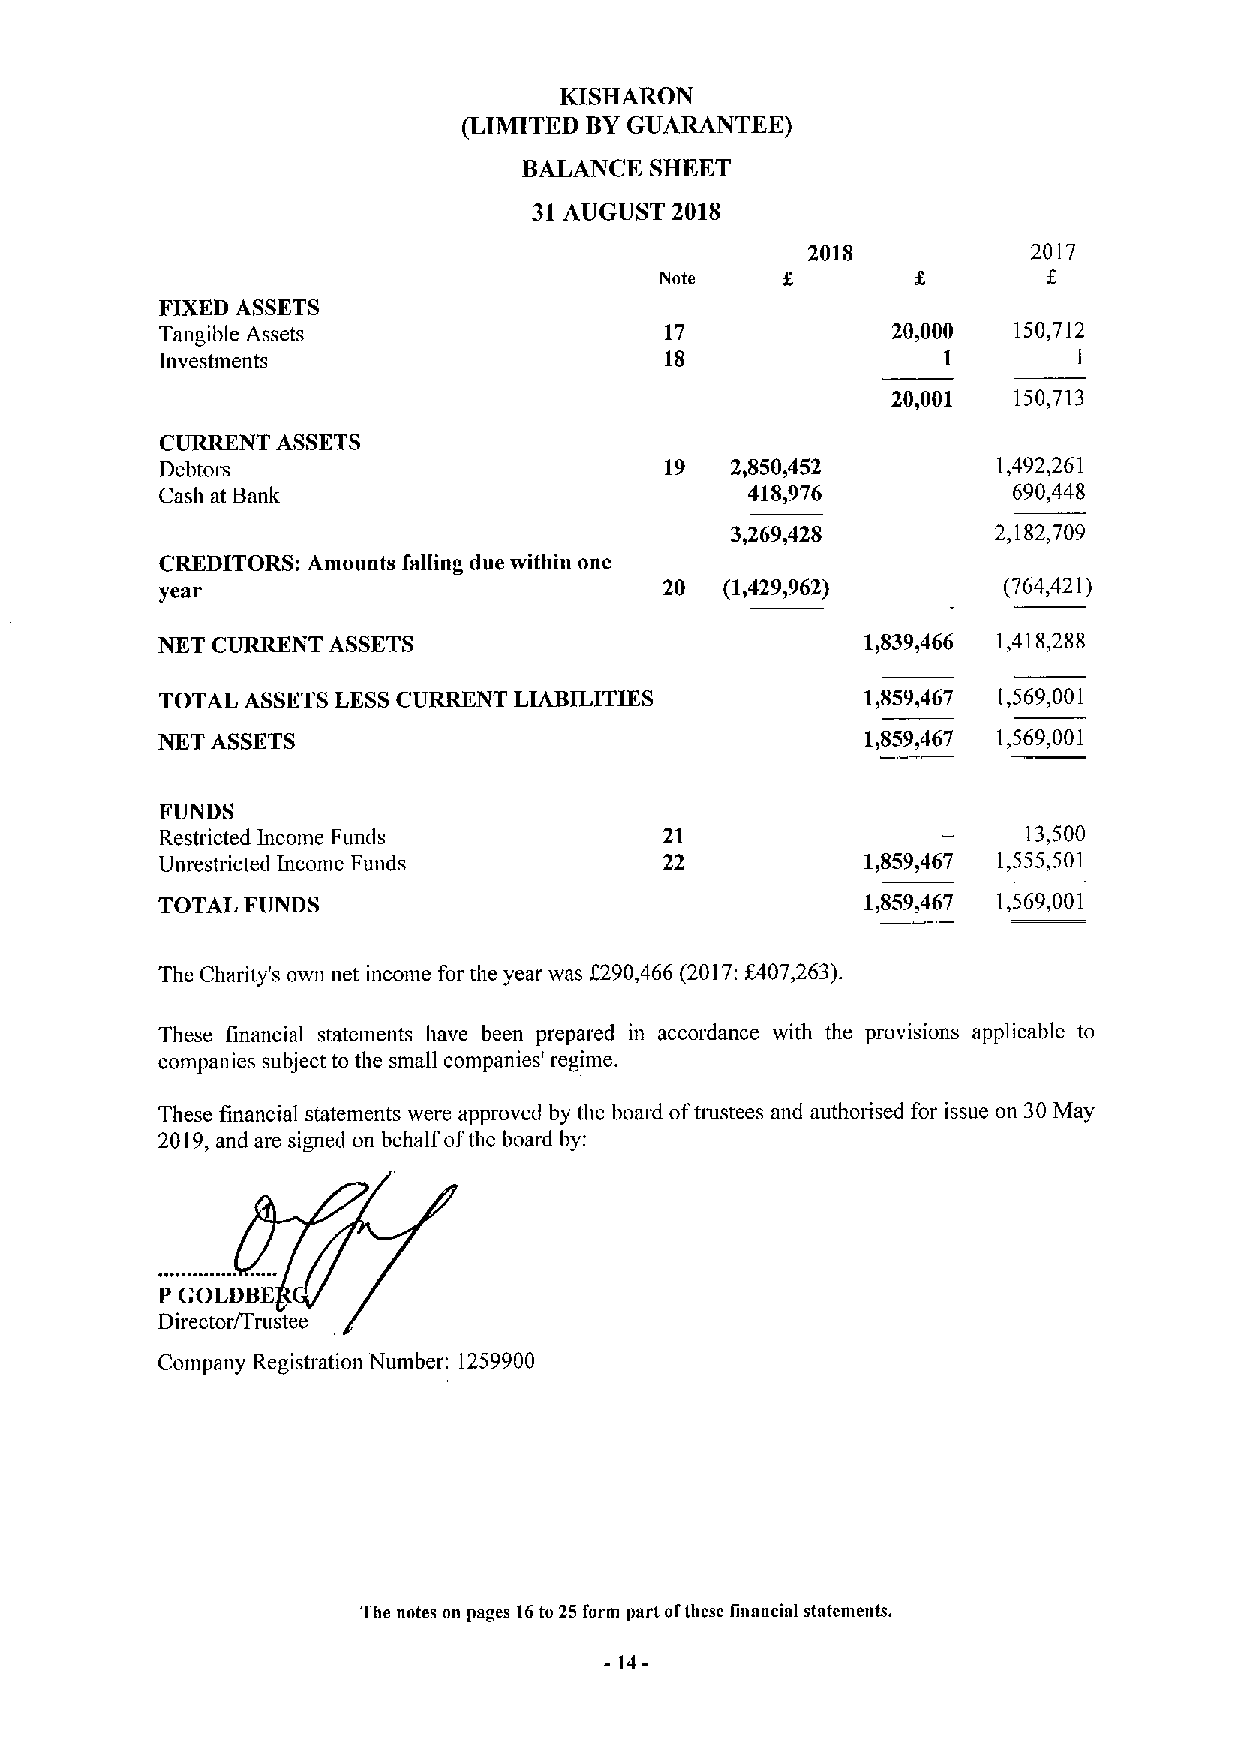
KISHARON
 (LIMITED BYGUARANTEE)
 BALANCE SHEET
 31AUGUST 2018
 2018           2017
 Note
 FIXED ASSETS
 Tangible Assets                  17             20,000  150,712
 Investments                      18                1        1
 20,001  150,713
 CURRENT ASSETS
 Debtors                          19  2,850,452         1,492,261
 Cash at Bank                          418,976           690,448
 3,269,428         2,182,709
 CREDITORS: Amounts falling due within one
 year                             20  (1,429)962)       (764,421)
 NKT CURRENT ASSETS                             1)839,466 1,418,288
 TOTAL ASSETSLESSCURRENT LIABILITIES           1&859,467 1,569,001
 NKT ASSETS                                     1,859,467 1,569,001
 FUNDS
 Restricted Income Funds          21                      13,500
 Unrestricted Income Funds        22           1,859,467 1,555,501
 TOTAL FUNDS                                    1,859,467 1,569,001
 The Charity's own net income for the year was f290,466 (2017:$407,263).
 These financial statements have been prepared in accordance with the provisions applicable to
 companies subject to the small companies' regime.
 These financial statements were approved by the board oftrustees and authorised for issue on 30May
 2019,and are signed on behalf ofthe board by:
 P GOLDBE
 Director/Trustee
 Company Registration Number: 1259900
 The notes on pages 16to 25form part ofthese finaaeial statements.
 -14-